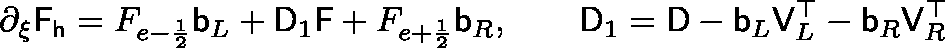
\mathsf { \partial _ { \xi } F _ { h } } = F _ { e - \frac { 1 } { 2 } } \mathsf { b } _ { L } + \mathsf { D } _ { 1 } \mathsf { F } + F _ { e + \frac { 1 } { 2 } } \mathsf { b } _ { R } , \qquad \mathsf { D } _ { 1 } = \mathsf { D } - \mathsf { b } _ { L } \mathsf { V } _ { L } ^ { \top } - \mathsf { b } _ { R } \mathsf { V } _ { R } ^ { \top }